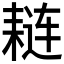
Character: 𫅼